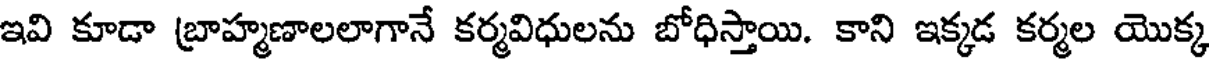
ఇవి కూడా బ్రాహ్మణాలలాగానే కర్మవిధులను బోధిస్తాయి. కాని ఇక్కడ కర్మల యొక్క